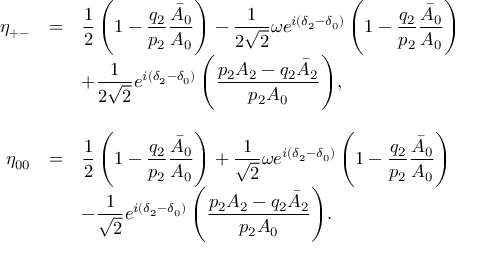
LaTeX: \begin{array} { r c l } { { \eta _ { + - } } } & { { = } } & { { \displaystyle { \frac { 1 } { 2 } \left( 1 - \frac { q _ { 2 } } { p _ { 2 } } \frac { \bar { A } _ { 0 } } { A _ { 0 } } \right) - \frac { 1 } { 2 \sqrt { 2 } } \omega e ^ { i ( \delta _ { 2 } - \delta _ { 0 } ) } \left( 1 - \frac { q _ { 2 } } { p _ { 2 } } \frac { \bar { A } _ { 0 } } { A _ { 0 } } \right) } } } \\ { { } } & { { } } & { { \displaystyle { + \frac { 1 } { 2 \sqrt { 2 } } e ^ { i ( \delta _ { 2 } - \delta _ { 0 } ) } \left( \frac { p _ { 2 } A _ { 2 } - q _ { 2 } \bar { A } _ { 2 } } { p _ { 2 } A _ { 0 } } \right) } , } } \\ { { } } & { { } } & { { } } \\ { { \eta _ { 0 0 } } } & { { = } } & { { \displaystyle { \frac { 1 } { 2 } \left( 1 - \frac { q _ { 2 } } { p _ { 2 } } \frac { \bar { A } _ { 0 } } { A _ { 0 } } \right) + \frac { 1 } { \sqrt { 2 } } \omega e ^ { i ( \delta _ { 2 } - \delta _ { 0 } ) } \left( 1 - \frac { q _ { 2 } } { p _ { 2 } } \frac { \bar { A } _ { 0 } } { A _ { 0 } } \right) } } } \\ { { } } & { { } } & { { \displaystyle { - \frac { 1 } { \sqrt { 2 } } e ^ { i ( \delta _ { 2 } - \delta _ { 0 } ) } \left( \frac { p _ { 2 } A _ { 2 } - q _ { 2 } \bar { A } _ { 2 } } { p _ { 2 } A _ { 0 } } \right) } . } } \end{array}